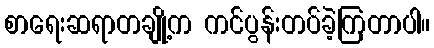
စာရေးဆရာတချို့က ကင်ပွန်းတပ်ခဲ့ကြတာပါ။